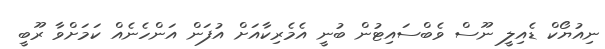
ނިއުޔޯކް ޑެއިލީ ނޫސް ވެބްސައިޓުން ބުނީ އެމެރިކާއަށް އުފަން އަންހެނެއް ކަމަށްވާ ރޫބީ